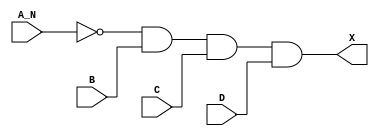
/*
 * Copyright 2020 The SkyWater PDK Authors
 *
 * Licensed under the Apache License, Version 2.0 (the "License");
 * you may not use this file except in compliance with the License.
 * You may obtain a copy of the License at
 *
 *     https://www.apache.org/licenses/LICENSE-2.0
 *
 * Unless required by applicable law or agreed to in writing, software
 * distributed under the License is distributed on an "AS IS" BASIS,
 * WITHOUT WARRANTIES OR CONDITIONS OF ANY KIND, either express or implied.
 * See the License for the specific language governing permissions and
 * limitations under the License.
 *
 * SPDX-License-Identifier: Apache-2.0
*/


`ifndef SKY130_FD_SC_LS__AND4B_FUNCTIONAL_V
`define SKY130_FD_SC_LS__AND4B_FUNCTIONAL_V

/**
 * and4b: 4-input AND, first input inverted.
 *
 * Verilog simulation functional model.
 */

`timescale 1ns / 1ps
`default_nettype none

`celldefine
module sky130_fd_sc_ls__and4b (
    X  ,
    A_N,
    B  ,
    C  ,
    D
);

    // Module ports
    output X  ;
    input  A_N;
    input  B  ;
    input  C  ;
    input  D  ;

    // Local signals
    wire not0_out  ;
    wire and0_out_X;

    //  Name  Output      Other arguments
    not not0 (not0_out  , A_N              );
    and and0 (and0_out_X, not0_out, B, C, D);
    buf buf0 (X         , and0_out_X       );

endmodule
`endcelldefine

`default_nettype wire
`endif  // SKY130_FD_SC_LS__AND4B_FUNCTIONAL_V